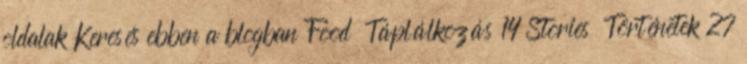
oldalak Keresés ebben a blogban Food Táplálkozás 14 Stories Történetek 27